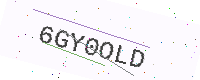
Text: 6GY0OLD